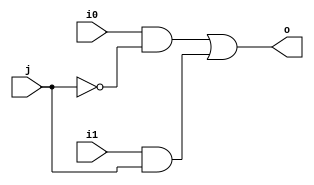
module mux2 (input wire i0, i1, j, output wire o);  
assign o = ((i0 & !j) | (i1 & j));
endmodule